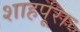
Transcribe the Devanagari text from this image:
शाहपूरा